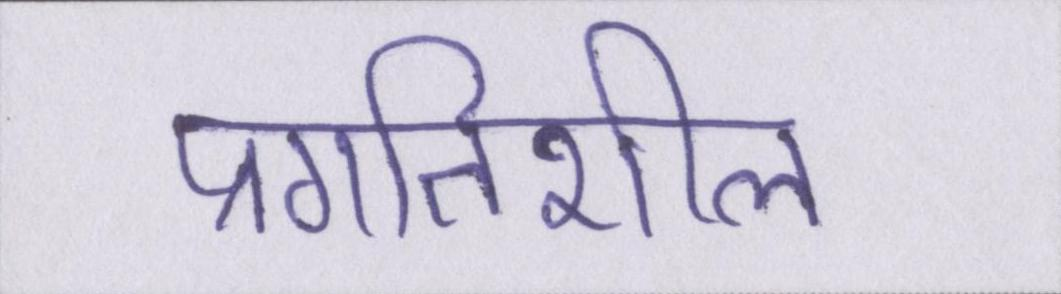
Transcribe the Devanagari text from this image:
प्रगतिशील